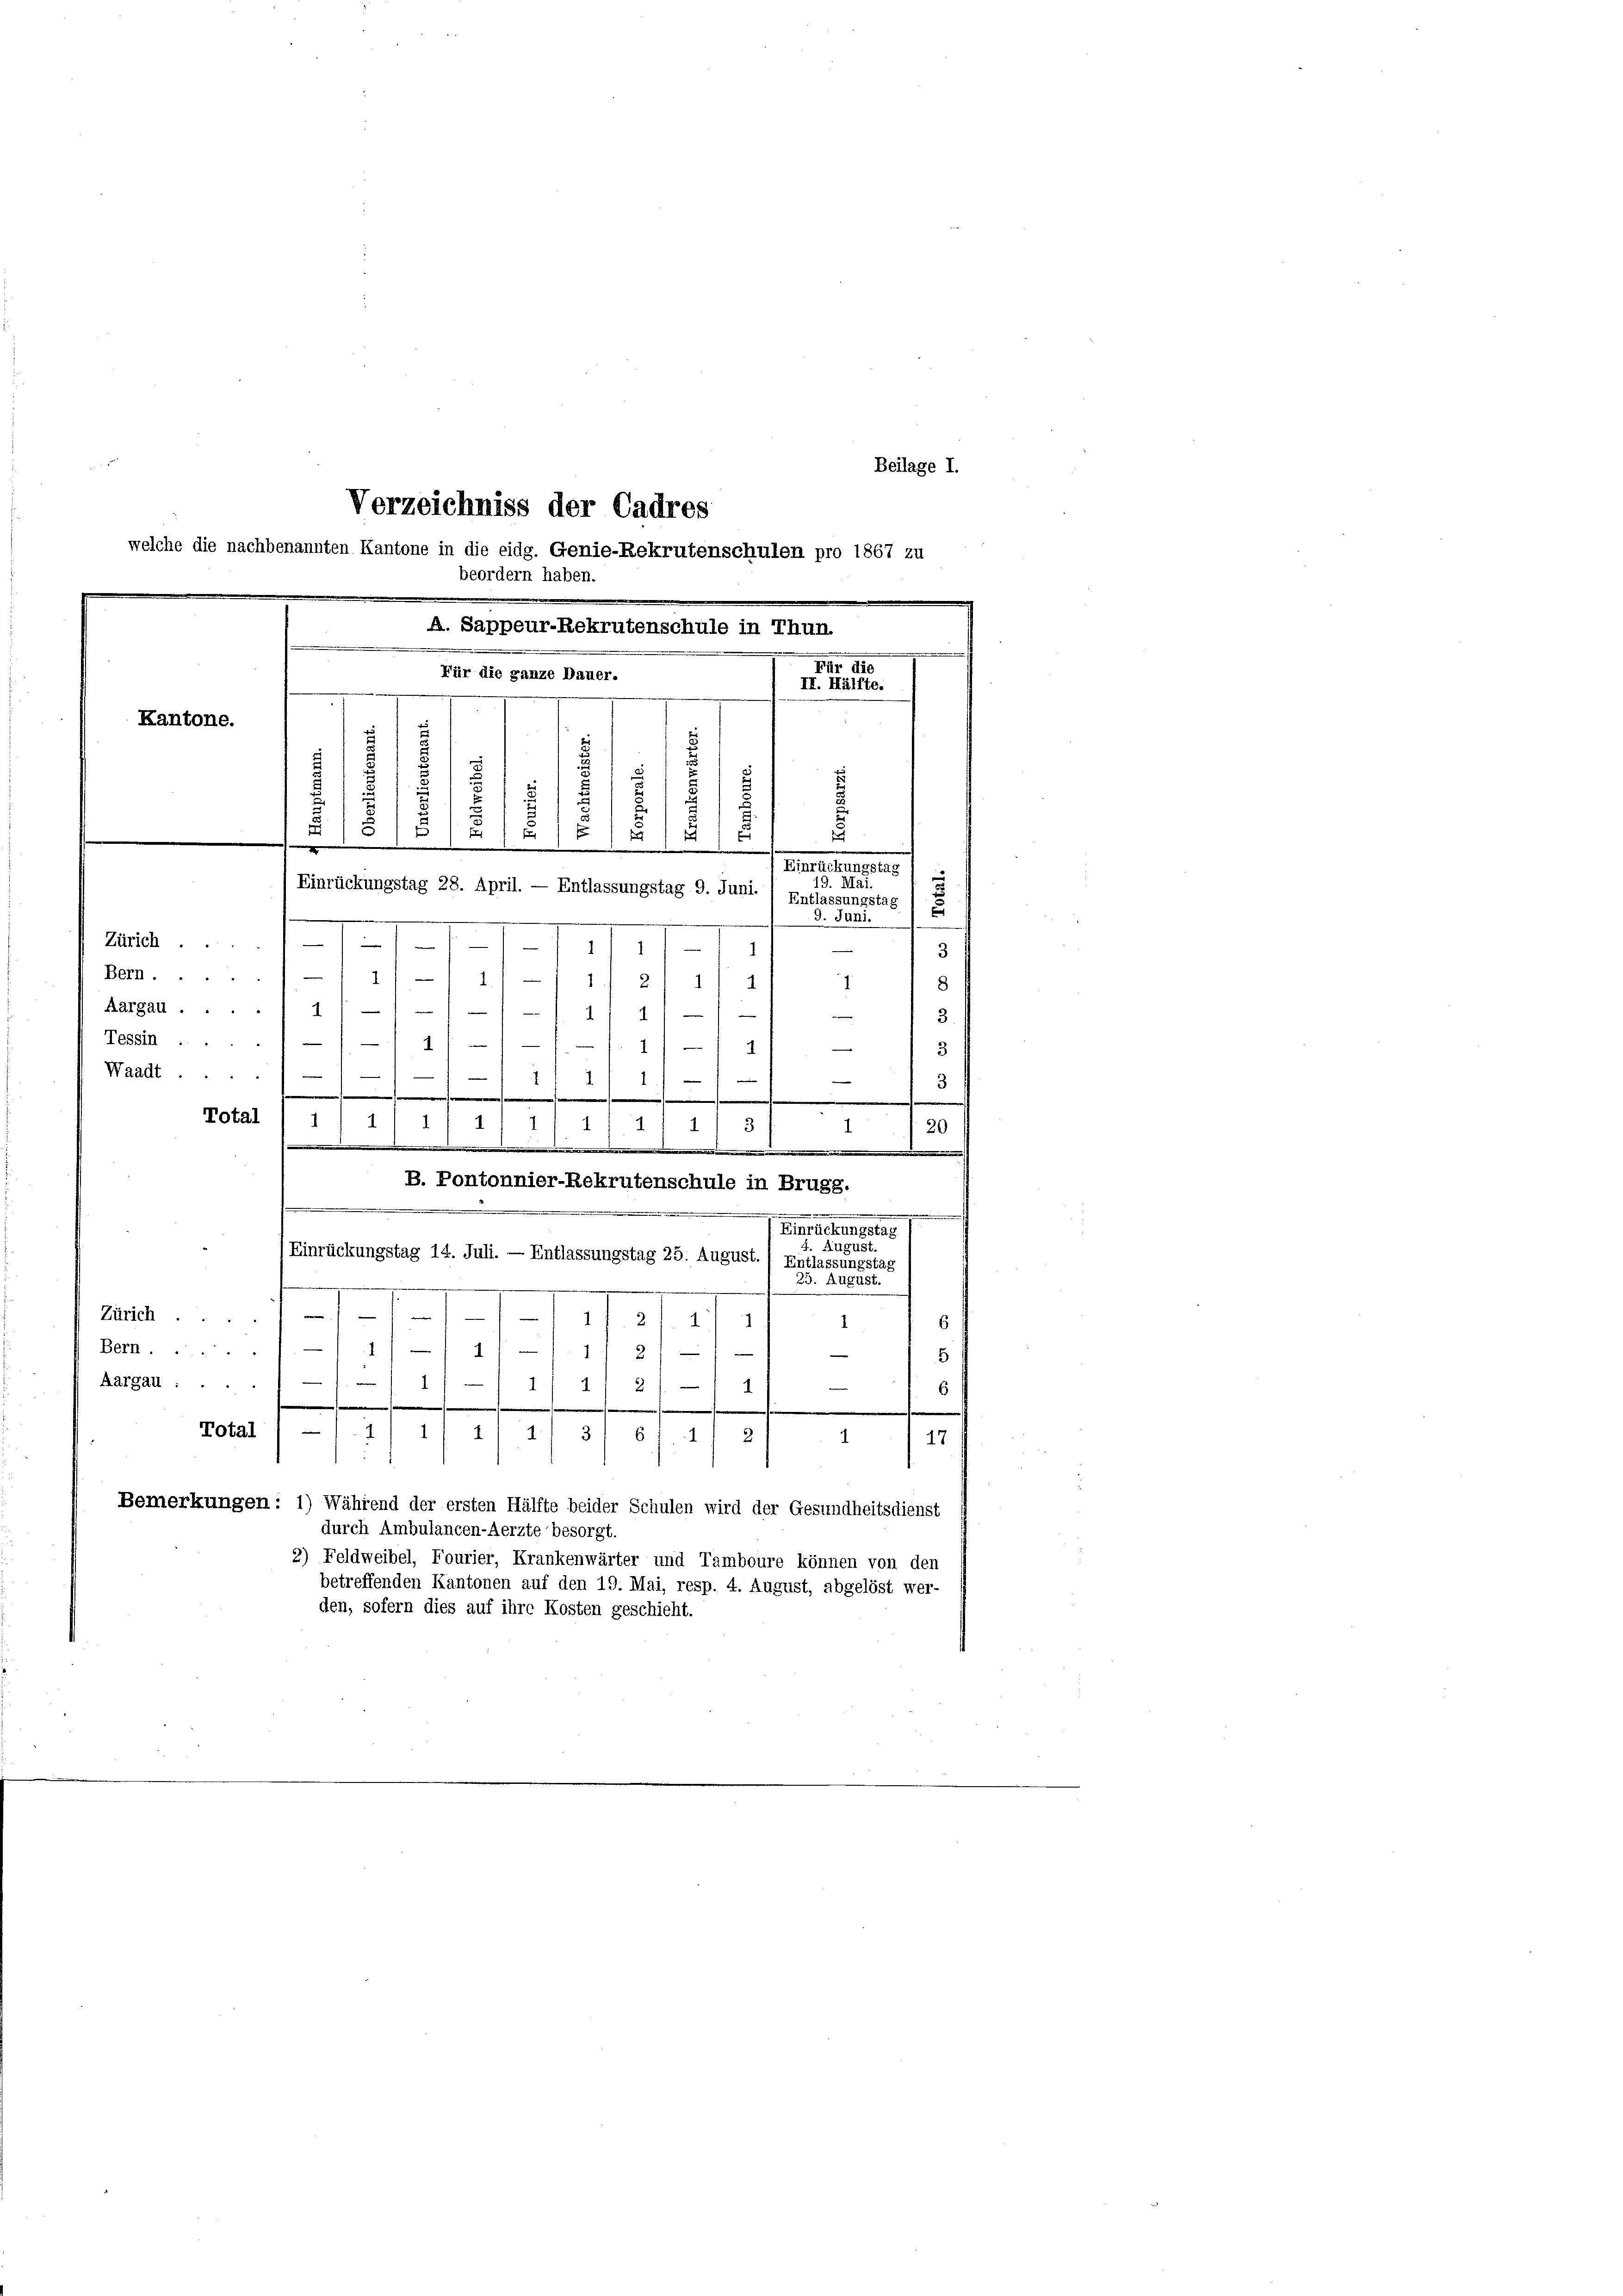
Beilage I.

Verzeichniss der Cadres
welche die nachbenannten Kantone in die eidg. Genie-Rekrutenschulen pro 1867 zu
beordern haben.
XI. 1910.
Kantone.
1
.
u
u
.
u
5
u
s
s
x
e
.
e
.
i
Einrückungstag
19. Mai.
Einrückungstag 28. April. — Entlassungstag 9. Juni. ) Entlassungstag
e
Zürich
11/1
1
Bern
1
—111 — 1 1/2
1
1
Aargau ..
1
1441
Tessin .
1
e
.22)
¬
Waadt
)
f

1
.
3
e
s
Total
) 111 4
111 4
20
1/3
.
.
B. Pontonnier-Rekrutenschule in Brugg.
.
Baselben gelas
f. August.
Einrückungstag 14. Juli. — Entlassungstag 25. August. Entlassungstag
25. August.
.
Zürich
.
1f. 21 1/2
6
1
Bern....
11/11 11 f 21
e
5
Aargau: ...
1
24
—
1
2
i
6
.
.
¬
Total — /11 1
6
11 2/3
1
5
1
17
Bemerkungen: 1) Während der ersten Hälfte beider Schulen wird der Gesundheitsdienst
durch Ambulancen-Aerzte besorgt.
2) Feldweibel, Fourier, Krankenwärter und Tamboure können von den
betreffenden Kantonen auf den 19. Mai, resp. 4. August, abgelöst wer-
den, sofern dies auf ihre Kosten geschieht.

A. Sappeur-Rekrutenschule in Thun.
Für die ganze Dauer.

II. Hälfte.

9. Juni.

-
.

u
3
8
3
3